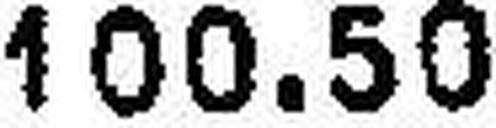
100.50